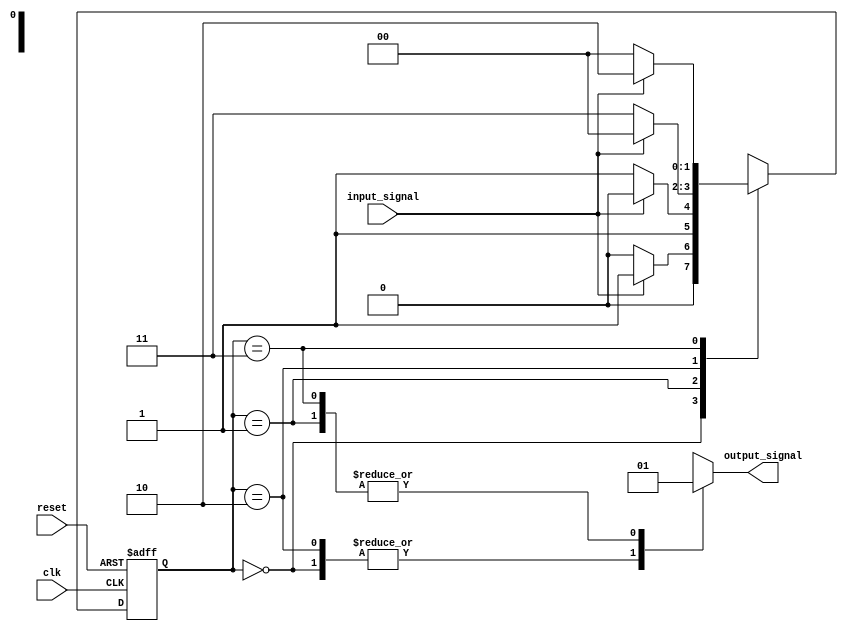
module fsm_top(input clk, input reset, input input_signal, output reg output_signal);

// Define states
parameter STATE_IDLE = 2'b00;
parameter STATE_A = 2'b01;
parameter STATE_B = 2'b10;
parameter STATE_C = 2'b11;

// Define state register
reg [1:0] current_state, next_state;

// Define state machine logic
always @ (posedge clk or posedge reset)
begin
    if (reset)
        current_state <= STATE_IDLE;
    else
        current_state <= next_state;
end

// Define state transitions
always @ (*)
begin
    case (current_state)
        STATE_IDLE: begin
            if (input_signal)
                next_state = STATE_A;
            else
                next_state = STATE_IDLE;
        end
        STATE_A: begin
            if (input_signal)
                next_state = STATE_B;
            else
                next_state = STATE_C;
        end
        STATE_B: begin
            if (input_signal)
                next_state = STATE_IDLE;
            else
                next_state = STATE_C;
        end
        STATE_C: begin
            if (input_signal)
                next_state = STATE_B;
            else
                next_state = STATE_IDLE;
        end
    endcase
end

// Define output logic
always @ (*)
begin
    case (current_state)
        STATE_IDLE: output_signal = 1'b0;
        STATE_A: output_signal = 1'b1;
        STATE_B: output_signal = 1'b0;
        STATE_C: output_signal = 1'b1;
    endcase
end

endmodule